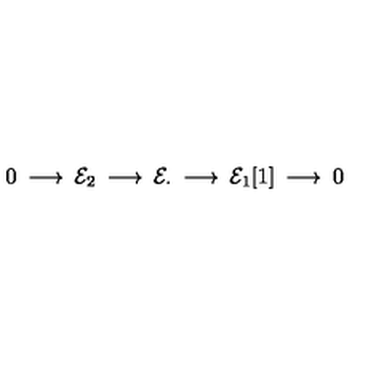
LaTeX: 0 \: \longrightarrow \: { \cal E } _ { 2 } \: \longrightarrow \: { \cal E } _ { \cdot } \: \longrightarrow \: { \cal E } _ { 1 } [ 1 ] \: \longrightarrow \: 0